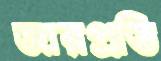
জারপ্রতি